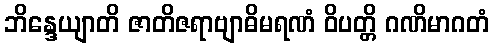
ဘိန္ဒေယျာတိ ဇာတိဇရာဗျာဓိမရဏံ ဝိပတ္တိ ဂဏိမာဂတံ